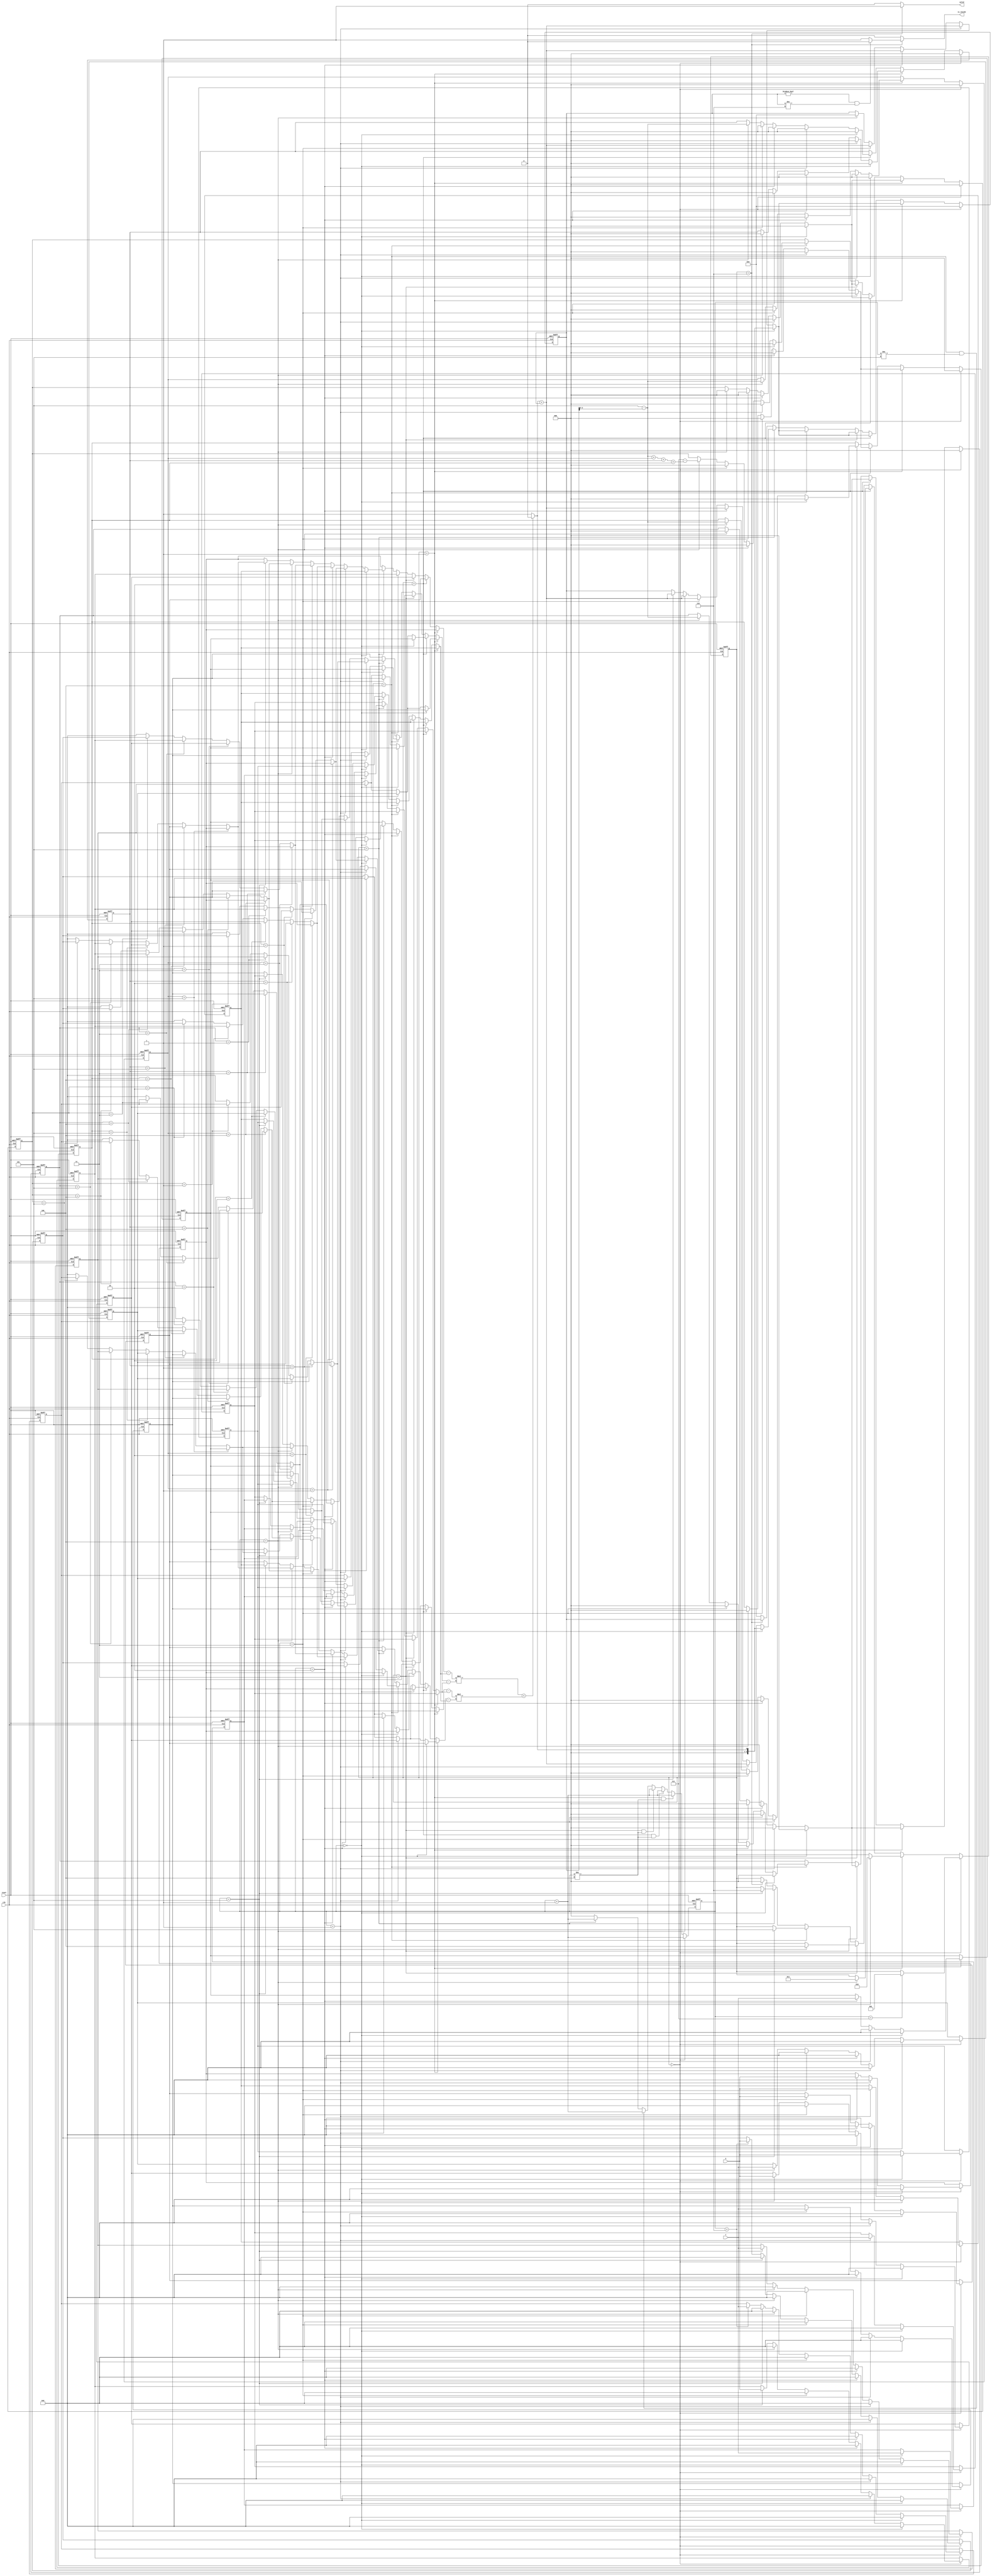
module geofence ( clk,reset,X,Y,valid,is_inside);	//This code is written by ting
	input clk;	//posedge clk
	input reset;	//active high asynchronous
	input [9:0] X;
	input [9:0] Y;
	output reg valid;	//yes for high
	output reg is_inside;	//yes for high

	reg [9:0] X_temp [0:6] ;
	reg [9:0] Y_temp [0:6] ;
	reg [2:0] order [0:4] ;
	reg [3:0] p_or_n_temp ;
	reg [9:0] A1x, A1y, A2x, A2y, B1x, B1y, B2x, B2y ;
	reg [2:0] state ;
	reg [2:0] next_state ;
	reg	[2:0] counter ;

	wire p_or_n ;
    
///////////////////////////////////////////////////////////////////////////////////////////////////////////////////
//                                            cross circuit                                                      //
///////////////////////////////////////////////////////////////////////////////////////////////////////////////////

    wire signed [20:0] AX, AY, BX, BY ;
    
    assign AX = A2x - A1x ;
    assign AY = A2y - A1y ;
    assign BX = B2x - B1x ;
    assign BY = B2y - B1y ;
	assign p_or_n = (AX * BY) < (AY * BX) ? 0 : 1 ;
 
///////////////////////////////////////////////////////////////////////////////////////////////////////////////////
//                                              order point                                                      //
///////////////////////////////////////////////////////////////////////////////////////////////////////////////////
 
	wire [9:0] X_reg1 ;
	wire [9:0] X_reg2 ;
    wire [9:0] X_reg3 ;
    wire [9:0] X_reg4 ;
    wire [9:0] X_reg5 ;
    wire [9:0] Y_reg1 ;
    wire [9:0] Y_reg2 ;
    wire [9:0] Y_reg3;
    wire [9:0] Y_reg4 ;
    wire [9:0] Y_reg5 ;
    
    assign X_reg1 = (order[0] == 1)? X_temp[2] : 
                    ((order[1] == 1)? X_temp[3] :
                    ((order[2] == 1)? X_temp[4] :
                    ((order[3] == 1)? X_temp[5] :
                    ((order[4] == 1)? X_temp[6] : 'b0)))) ;
    assign Y_reg1 = (order[0] == 1)? Y_temp[2] :
					((order[1] == 1)? Y_temp[3] :
					((order[2] == 1)? Y_temp[4] :
					((order[3] == 1)? Y_temp[5] :
					((order[4] == 1)? Y_temp[6] : 'b0)))) ;
	assign X_reg2 = (order[0] == 	2)? X_temp[2] :
					((order[1] == 2)? X_temp[3] :
					((order[2] == 2)? X_temp[4] :
					((order[3] == 2)? X_temp[5] :
					((order[4] == 2)? X_temp[6] : 'b0)))) ;
	assign Y_reg2 = (order[0] == 2)? Y_temp[2] :
					((order[1] == 2)? Y_temp[3] :
					((order[2] == 2)? Y_temp[4] :
					((order[3] == 2)? Y_temp[5] :
					((order[4] == 2)? Y_temp[6] : 'b0)))) ;
	assign X_reg3 = (order[0] == 3)? X_temp[2] :
					((order[1] == 3)? X_temp[3] :
					((order[2] == 3)? X_temp[4] :
					((order[3] == 3)? X_temp[5] :
					((order[4] == 3)? X_temp[6] : 'b0)))) ;
	assign Y_reg3 = (order[0] == 3)? Y_temp[2] :
					((order[1] == 3)? Y_temp[3] :
					((order[2] == 3)? Y_temp[4] :
					((order[3] == 3)? Y_temp[5] :
					((order[4] == 3)? Y_temp[6] : 'b0)))) ;
	assign X_reg4 = (order[0] == 4)? X_temp[2] :
					((order[1] == 4)? X_temp[3] :
					((order[2] == 4)? X_temp[4] :
					((order[3] == 4)? X_temp[5] :
					((order[4] == 4)? X_temp[6] : 'b0)))) ;
	assign Y_reg4 = (order[0] == 4)? Y_temp[2] :
					((order[1] == 4)? Y_temp[3] :
					((order[2] == 4)? Y_temp[4] :
					((order[3] == 4)? Y_temp[5] :
					((order[4] == 4)? Y_temp[6] : 'b0)))) ;
	assign X_reg5 = (order[0] == 5)? X_temp[2] :
					((order[1] == 5)? X_temp[3] :
					((order[2] == 5)? X_temp[4] :
					((order[3] == 5)? X_temp[5] :
					((order[4] == 5)? X_temp[6] : 'b0)))) ;
	assign Y_reg5 = (order[0] == 5)? Y_temp[2] :
					((order[1] == 5)? Y_temp[3] :
					((order[2] == 5)? Y_temp[4] :
					((order[3] == 5)? Y_temp[5] :
					((order[4] == 5)? Y_temp[6] : 'b0)))) ;
	
///////////////////////////////////////////////////////////////////////////////////////////////////////////////////
//                                            FSM parameters                                                     //
///////////////////////////////////////////////////////////////////////////////////////////////////////////////////
	
    parameter receive_person_point 	= 0 ;
	parameter find_order1	 		= 1 ;
	parameter find_order2	 		= 2 ;
	parameter find_order3	 		= 3 ;
	parameter find_order4	 		= 4 ;
	parameter person_point	 		= 5 ;
	parameter is_inside_output		= 6 ;

///////////////////////////////////////////////////////////////////////////////////////////////////////////////////
//                                                 FSM                                                           //
///////////////////////////////////////////////////////////////////////////////////////////////////////////////////
	
    //current state
	always @ (posedge clk, posedge reset) begin
		if(reset)
			state <= receive_person_point ;
		else 
			state <= next_state ;
	end
	
	//next_state logic
	always @ (*) begin
		if(state == receive_person_point)begin 
          if(counter == 7) begin
			next_state = find_order1 ; 
			end
		  else begin
			next_state = state ;
			end
		end
		else if(state == find_order1) begin 
            if(counter == 4) begin
                next_state = find_order2 ; 
			end
            else begin
                next_state = state ;
			end
		end
		else if(state == find_order2) begin 
            if(counter == 4) begin
                next_state = find_order3 ; 
                end
            else begin
                next_state = state ;
                end
		end
		else if(state == find_order3) begin 
            if(counter == 4) begin
                next_state = find_order4 ; 
                end
            else begin
                next_state = state ;
                end
		end
		else if(state == find_order4) begin 
            if(counter == 5) begin
                next_state = person_point ; 
                end
            else begin
                next_state = state ;
                end
		end
		else if(state == person_point) begin 
            if(counter == 5) begin
                next_state = is_inside_output ; 
                end
            else begin
                next_state = state ;
                end
		end
		else if(state == is_inside_output) begin
            next_state = receive_person_point ;
		end
		else begin
            next_state = state ;
        end
	end

	//output logic
	always @ (*)begin
		if(state == is_inside_output) begin
			valid = 'd1 ;
            if ((p_or_n_temp != 0) && (p_or_n_temp != 6))
                is_inside = 'd0 ;
            else
                is_inside = 'd1 ;
		end
		else begin
			valid = 'd0 ;
			is_inside = 'd0 ;
		end
	end

///////////////////////////////////////////////////////////////////////////////////////////////////////////////////
//                                            main circuit                                                       //
///////////////////////////////////////////////////////////////////////////////////////////////////////////////////
	
    //counter
	always @ (posedge clk, posedge reset) begin
		if(reset)
			counter <= 'd0 ;
		else if(state == receive_person_point)
			counter <= counter + 'd1 ;
		else if((state == find_order1) && (counter != 4))
			counter <= counter + 'd1 ;
		else if((state == find_order2) && (counter != 4))
			counter <= counter + 'd1 ;
		else if((state == find_order3) && (counter != 4))
			counter <= counter + 'd1 ;
		else if((state == find_order4) && (counter != 5))
			counter <= counter + 'd1 ;
		else if(state == person_point)
			counter <= counter + 'd1 ;
		else
			counter <= 'd0 ;
	end
    
    //temp
    always @ (posedge clk, posedge reset) begin
		if(reset) begin
            X_temp[0] <= 'd0 ;
            X_temp[1] <= 'd0 ;
            X_temp[2] <= 'd0 ;
            X_temp[3] <= 'd0 ;
            X_temp[4] <= 'd0 ;
            X_temp[5] <= 'd0 ;
            X_temp[6] <= 'd0 ;
            Y_temp[0] <= 'd0 ;
            Y_temp[1] <= 'd0 ;
            Y_temp[2] <= 'd0 ;
            Y_temp[3] <= 'd0 ;
            Y_temp[4] <= 'd0 ;
            Y_temp[5] <= 'd0 ;
            Y_temp[6] <= 'd0 ;
        end
        else if(state == receive_person_point) begin
            if(counter == 0) begin
                X_temp[0] <= X ;
                X_temp[1] <= 'd0 ;
                X_temp[2] <= 'd0 ;
                X_temp[3] <= 'd0 ;
                X_temp[4] <= 'd0 ;
                X_temp[5] <= 'd0 ;
                X_temp[6] <= 'd0 ;
                Y_temp[0] <= Y ;
                Y_temp[1] <= 'd0 ;
                Y_temp[2] <= 'd0 ;
                Y_temp[3] <= 'd0 ;
                Y_temp[4] <= 'd0 ;
                Y_temp[5] <= 'd0 ;
                Y_temp[6] <= 'd0 ;
            end
            else if(counter == 1) begin
                X_temp[0] <= X_temp[0] ;
                X_temp[1] <= X ;
                X_temp[2] <= 'd0 ;
                X_temp[3] <= 'd0 ;
                X_temp[4] <= 'd0 ;
                X_temp[5] <= 'd0 ;
                X_temp[6] <= 'd0 ;
                Y_temp[0] <= Y_temp[0] ;
                Y_temp[1] <= Y ;
                Y_temp[2] <= 'd0 ;
                Y_temp[3] <= 'd0 ;
                Y_temp[4] <= 'd0 ;
                Y_temp[5] <= 'd0 ;
                Y_temp[6] <= 'd0 ;
            end
            else if(counter == 2) begin
                X_temp[0] <= X_temp[0] ;
                X_temp[1] <= X_temp[1] ;
                X_temp[2] <= X ;
                X_temp[3] <= 'd0 ;
                X_temp[4] <= 'd0 ;
                X_temp[5] <= 'd0 ;
                X_temp[6] <= 'd0 ;
                Y_temp[0] <= Y_temp[0] ;
                Y_temp[1] <= Y_temp[1] ;
                Y_temp[2] <= Y ;
                Y_temp[3] <= 'd0 ;
                Y_temp[4] <= 'd0 ;
                Y_temp[5] <= 'd0 ;
                Y_temp[6] <= 'd0 ;
            end
            else if(counter == 3) begin
                X_temp[0] <= X_temp[0] ;
                X_temp[1] <= X_temp[1] ;
                X_temp[2] <= X_temp[2] ;
                X_temp[3] <= X ;
                X_temp[4] <= 'd0 ;
                X_temp[5] <= 'd0 ;
                X_temp[6] <= 'd0 ;
                Y_temp[0] <= Y_temp[0] ;
                Y_temp[1] <= Y_temp[1] ;
                Y_temp[2] <= Y_temp[2] ;
                Y_temp[3] <= Y ;
                Y_temp[4] <= 'd0 ;
                Y_temp[5] <= 'd0 ;
                Y_temp[6] <= 'd0 ;
            end
            else if(counter == 4) begin
                X_temp[0] <= X_temp[0] ;
                X_temp[1] <= X_temp[1] ;
                X_temp[2] <= X_temp[2] ;
                X_temp[3] <= X_temp[3] ;
                X_temp[4] <= X ;
                X_temp[5] <= 'd0 ;
                X_temp[6] <= 'd0 ;
                Y_temp[0] <= Y_temp[0] ;
                Y_temp[1] <= Y_temp[1] ;
                Y_temp[2] <= Y_temp[2] ;
                Y_temp[3] <= Y_temp[3] ;
                Y_temp[4] <= Y ;
                Y_temp[5] <= 'd0 ;
                Y_temp[6] <= 'd0 ;
            end
            else if(counter == 5) begin
                X_temp[0] <= X_temp[0] ;
                X_temp[1] <= X_temp[1] ;
                X_temp[2] <= X_temp[2] ;
                X_temp[3] <= X_temp[3] ;
                X_temp[4] <= X_temp[4] ;
                X_temp[5] <= X ;
                X_temp[6] <= 'd0 ;
                Y_temp[0] <= Y_temp[0] ;
                Y_temp[1] <= Y_temp[1] ;
                Y_temp[2] <= Y_temp[2] ;
                Y_temp[3] <= Y_temp[3] ;
                Y_temp[4] <= Y_temp[4] ;
                Y_temp[5] <= Y ;
                Y_temp[6] <= 'd0 ;
            end
            else if(counter == 6) begin
                X_temp[0] <= X_temp[0] ;
                X_temp[1] <= X_temp[1] ;
                X_temp[2] <= X_temp[2] ;
                X_temp[3] <= X_temp[3] ;
                X_temp[4] <= X_temp[4] ;
                X_temp[5] <= X_temp[5] ;
                X_temp[6] <= X ;
                Y_temp[0] <= Y_temp[0] ;
                Y_temp[1] <= Y_temp[1] ;
                Y_temp[2] <= Y_temp[2] ;
                Y_temp[3] <= Y_temp[3] ;
                Y_temp[4] <= Y_temp[4] ;
                Y_temp[5] <= Y_temp[5] ;
                Y_temp[6] <= Y ;
            end
            else begin
                    X_temp[0] <= X_temp[0] ;
                    X_temp[1] <= X_temp[1] ;
                    X_temp[2] <= X_temp[2] ;
                    X_temp[3] <= X_temp[3] ;
                    X_temp[4] <= X_temp[4] ;
                    X_temp[5] <= X_temp[5] ;
                    X_temp[6] <= X_temp[6] ;
                    Y_temp[0] <= Y_temp[0] ;
                    Y_temp[1] <= Y_temp[1] ;
                    Y_temp[2] <= Y_temp[2] ;
                    Y_temp[3] <= Y_temp[3] ;
                    Y_temp[4] <= Y_temp[4] ;
                    Y_temp[5] <= Y_temp[5] ;
                    Y_temp[6] <= Y_temp[6] ;
            end
        end
        else begin
            X_temp[0] <= X_temp[0] ;
            X_temp[1] <= X_temp[1] ;
            X_temp[2] <= X_temp[2] ;
            X_temp[3] <= X_temp[3] ;
            X_temp[4] <= X_temp[4] ;
            X_temp[5] <= X_temp[5] ;
            X_temp[6] <= X_temp[6] ;
            Y_temp[0] <= Y_temp[0] ;
            Y_temp[1] <= Y_temp[1] ;
            Y_temp[2] <= Y_temp[2] ;
            Y_temp[3] <= Y_temp[3] ;
            Y_temp[4] <= Y_temp[4] ;
            Y_temp[5] <= Y_temp[5] ;
            Y_temp[6] <= Y_temp[6] ;
        end
    end
    
    //find order
	always @ (posedge clk, posedge reset) begin
		if(reset) begin
			p_or_n_temp <= 'd0;
			order[0] <= 'd0 ;
			order[1] <= 'd0 ;
			order[2] <= 'd0 ;
			order[3] <= 'd0 ;
			order[4] <= 'd0 ;
		end
		else begin
			if(state == receive_person_point) begin
				p_or_n_temp <= 'd0;
				order[0] <= 'd0 ;
				order[1] <= 'd0 ;
				order[2] <= 'd0 ;
				order[3] <= 'd0 ;
				order[4] <= 'd0 ;
			end
			else if(state == find_order1 ) begin
				if(counter == 0) begin
					p_or_n_temp	<= p_or_n ;
					order[0] <= 'd0 ;
					order[1] <= 'd0 ;
					order[2] <= 'd0 ;
					order[3] <= 'd0 ;
					order[4] <= 'd0 ;
				end
				else if(counter == 1) begin
					p_or_n_temp	<= p_or_n + p_or_n_temp ;
					order[0] <= 'd0 ;
					order[1] <= 'd0 ;
					order[2] <= 'd0 ;
					order[3] <= 'd0 ;
					order[4] <= 'd0 ;
				end
				else if(counter == 2) begin
					p_or_n_temp	<= p_or_n + p_or_n_temp ;
					order[0] <= 'd0 ;
					order[1] <= 'd0 ;
					order[2] <= 'd0 ;
					order[3] <= 'd0 ;
					order[4] <= 'd0 ;
				end
				else if(counter == 3) begin
					p_or_n_temp	<= p_or_n + p_or_n_temp ;
					order[0] <= 'd0 ;
					order[1] <= 'd0 ;
					order[2] <= 'd0 ;
					order[3] <= 'd0 ;
					order[4] <= 'd0 ;
				end
				else if(counter == 4) begin
					p_or_n_temp	<= 'd0 ;
					order[0] <= 'd5 - p_or_n_temp ;
					order[1] <= 'd0 ;
					order[2] <= 'd0 ;
					order[3] <= 'd0 ;
					order[4] <= 'd0 ;
				end
				else begin
					p_or_n_temp	<= p_or_n_temp ;
					order[0] <= order[0] ;
					order[1] <= order[1] ;
					order[2] <= order[2] ;
					order[3] <= order[3] ;
					order[4] <= order[4] ;
				end
			end
			else if(state == find_order2 ) begin
				if(counter == 0) begin
					p_or_n_temp	<= p_or_n ;
					order[0] <= order[0] ;
					order[1] <= 'd0 ;
					order[2] <= 'd0 ;
					order[3] <= 'd0 ;
					order[4] <= 'd0 ;
				end
				else if(counter == 1) begin
					p_or_n_temp	<= p_or_n + p_or_n_temp ;
					order[0] <= order[0] ;
					order[1] <= 'd0 ;
					order[2] <= 'd0 ;
					order[3] <= 'd0 ;
					order[4] <= 'd0 ;
				end
				else if(counter == 2) begin
					p_or_n_temp	<= p_or_n + p_or_n_temp ;
					order[0] <= order[0] ;
					order[1] <= 'd0 ;
					order[2] <= 'd0 ;
					order[3] <= 'd0 ;
					order[4] <= 'd0 ;
				end
				else if(counter == 3) begin
					p_or_n_temp	<= p_or_n + p_or_n_temp ;
					order[0] <= order[0] ;
					order[1] <= 'd0 ;
					order[2] <= 'd0 ;
					order[3] <= 'd0 ;
					order[4] <= 'd0 ;
				end
				else if(counter == 4) begin
					p_or_n_temp	<= 'd0 ;
					order[0] <= order[0] ;
					order[1] <= 'd5 - p_or_n_temp ;
					order[2] <= 'd0 ;
					order[3] <= 'd0 ;
					order[4] <= 'd0 ;
				end
				else begin
					p_or_n_temp	<= p_or_n_temp ;
					order[0] <= order[0] ;
					order[1] <= order[1] ;
					order[2] <= order[2] ;
					order[3] <= order[3] ;
					order[4] <= order[4] ;
				end
			end
			else if(state == find_order3 ) begin
				if(counter == 0) begin
					p_or_n_temp	<= p_or_n ;
					order[0] <= order[0] ;
					order[1] <= order[1] ;
					order[2] <= 'd0 ;
					order[3] <= 'd0 ;
					order[4] <= 'd0 ;
				end
				else if(counter == 1) begin
					p_or_n_temp	<= p_or_n + p_or_n_temp ;
					order[0] <= order[0] ;
					order[1] <= order[1] ;
					order[2] <= 'd0 ;
					order[3] <= 'd0 ;
					order[4] <= 'd0 ;
				end
				else if(counter == 2) begin
					p_or_n_temp	<= p_or_n + p_or_n_temp ;
					order[0] <= order[0] ;
					order[1] <= order[1] ;
					order[2] <= 'd0 ;
					order[3] <= 'd0 ;
					order[4] <= 'd0 ;
				end
				else if(counter == 3) begin
					p_or_n_temp	<= p_or_n + p_or_n_temp ;
					order[0] <= order[0] ;
					order[1] <= order[1] ;
					order[2] <= 'd0 ;
					order[3] <= 'd0 ;
					order[4] <= 'd0 ;
				end
				else if(counter == 4) begin
					p_or_n_temp	<= 'd0 ;
					order[0] <= order[0] ;
					order[1] <= order[1] ;
					order[2] <= 'd5 - p_or_n_temp ;
					order[3] <= 'd0 ;
					order[4] <= 'd0 ;
				end
				else begin
					p_or_n_temp	<= p_or_n_temp ;
					order[0] <= order[0] ;
					order[1] <= order[1] ;
					order[2] <= order[2] ;
					order[3] <= order[3] ;
					order[4] <= order[4] ;
				end
			end
			else if(state == find_order4 ) begin
				if(counter == 0) begin
					p_or_n_temp	<= p_or_n ;
					order[0] <= order[0] ;
					order[1] <= order[1] ;
					order[2] <= order[2] ;
					order[3] <= 'd0 ;
					order[4] <= 'd0 ;
				end
				else if(counter == 1) begin
					p_or_n_temp	<= p_or_n + p_or_n_temp ;
					order[0] <= order[0] ;
					order[1] <= order[1] ;
					order[2] <= order[2] ;
					order[3] <= 'd0 ;
					order[4] <= 'd0 ;
				end
				else if(counter == 2) begin
					p_or_n_temp	<= p_or_n + p_or_n_temp ;
					order[0] <= order[0] ;
					order[1] <= order[1] ;
					order[2] <= order[2] ;
					order[3] <= 'd0 ;
					order[4] <= 'd0 ;
				end
				else if(counter == 3) begin
					p_or_n_temp	<= p_or_n + p_or_n_temp ;
					order[0] <= order[0] ;
					order[1] <= order[1] ;
					order[2] <= order[2] ;
					order[3] <= 'd0 ;
					order[4] <= 'd0 ;
				end
				else if(counter == 4) begin
					p_or_n_temp	<= 'd0 ;
					order[0] <= order[0] ;
					order[1] <= order[1] ;
					order[2] <= order[2] ;
					order[3] <= 'd5 - p_or_n_temp ;
					order[4] <= 'd15 - (('d5 - p_or_n_temp) + order[0] + order[1] + order[2]) ;
                    //order[4] <= 'd15 - (('d5 - p_or_n_temp) + order[0] + order[1] + order[2]) ;
				end
				else begin
					p_or_n_temp	<= p_or_n_temp ;
					order[0] <= order[0] ;
					order[1] <= order[1] ;
					order[2] <= order[2] ;
					order[3] <= order[3] ;
					order[4] <= order[4] ;
				end
			end
            else if(state == person_point) begin
                if(counter == 0) begin
                    p_or_n_temp	<= p_or_n ;
                    order[0] <= order[0] ;
                    order[1] <= order[1] ;
                    order[2] <= order[2] ;
                    order[3] <= order[3] ;
                    order[4] <= order[4] ;
                end
                else if(counter == 1) begin
                    p_or_n_temp	<= p_or_n + p_or_n_temp ;
                    order[0] <= order[0] ;
                    order[1] <= order[1] ;
                    order[2] <= order[2] ;
                    order[3] <= order[3] ;
                    order[4] <= order[4] ;
                end
                else if(counter == 2) begin
                    p_or_n_temp	<= p_or_n + p_or_n_temp ;
                    order[0] <= order[0] ;
                    order[1] <= order[1] ;
                    order[2] <= order[2] ;
                    order[3] <= order[3] ;
                    order[4] <= order[4] ;
                end
                else if(counter == 3) begin
                    p_or_n_temp	<= p_or_n + p_or_n_temp ;
                    order[0] <= order[0] ;
                    order[1] <= order[1] ;
                    order[2] <= order[2] ;
                    order[3] <= order[3] ;
                    order[4] <= order[4] ;
                end
                else if(counter == 4) begin
                    p_or_n_temp	<= p_or_n + p_or_n_temp ;
                    order[0] <= order[0] ;
                    order[1] <= order[1] ;
                    order[2] <= order[2] ;
                    order[3] <= order[3] ;
                    order[4] <= order[4] ;
                end
                else if(counter == 5) begin
                    p_or_n_temp	<= p_or_n + p_or_n_temp ;
                    order[0] <= order[0] ;
                    order[1] <= order[1] ;
                    order[2] <= order[2] ;
                    order[3] <= order[3] ;
                    order[4] <= order[4] ;
                end
                else begin
                    p_or_n_temp	<= p_or_n_temp ;
                    order[0] <= order[0] ;
                    order[1] <= order[1] ;
                    order[2] <= order[2] ;
                    order[3] <= order[3] ;
                    order[4] <= order[4] ;
                end
            end
			else if(state == is_inside_output) begin
						p_or_n_temp	<= p_or_n_temp ;
						order[0] <= order[0] ;
						order[1] <= order[1] ;
						order[2] <= order[2] ;
						order[3] <= order[3] ;
						order[4] <= order[4] ;
					end
            else begin
				p_or_n_temp <= 'd0;
				order[0] <= order[0] ;
				order[1] <= order[1] ;
				order[2] <= order[2] ;
				order[3] <= order[3] ;
				order[4] <= order[4] ;
			end
		end
	end
	
	//cross
	always @ (*) begin
		if(state == find_order1) begin
			if(counter == 0) begin
				A1x 			= X_temp[1] ;
				A1y 			= Y_temp[1] ;
				A2x 			= X_temp[2] ;
				A2y 			= Y_temp[2] ;
				B1x 			= X_temp[1] ;
				B1y 			= Y_temp[1] ;
				B2x 			= X_temp[3] ;
				B2y 			= Y_temp[3] ;
			end
			else if(counter == 1) begin
				A1x 			= X_temp[1] ;
				A1y 			= Y_temp[1] ;
				A2x 			= X_temp[2] ;
				A2y 			= Y_temp[2] ;
				B1x 			= X_temp[1] ;
				B1y 			= Y_temp[1] ;
				B2x 			= X_temp[4] ;
				B2y 			= Y_temp[4] ;
			end
			else if(counter == 2) begin
				A1x 			= X_temp[1] ;
				A1y 			= Y_temp[1] ;
				A2x 			= X_temp[2] ;
				A2y 			= Y_temp[2] ;
				B1x 			= X_temp[1] ;
				B1y 			= Y_temp[1] ;
				B2x 			= X_temp[5] ;
				B2y 			= Y_temp[5] ;
			end
			else if(counter == 3) begin
				A1x 			= X_temp[1] ;
				A1y 			= Y_temp[1] ;
				A2x 			= X_temp[2] ;
				A2y 			= Y_temp[2] ;
				B1x 			= X_temp[1] ;
				B1y 			= Y_temp[1] ;
				B2x 			= X_temp[6] ;
				B2y 			= Y_temp[6] ;
			end
			else begin
				A1x 			= X_temp[1] ;
				A1y 			= Y_temp[1] ;
				A2x 			= X_temp[2] ;
				A2y 			= Y_temp[2] ;
				B1x 			= X_temp[1] ;
				B1y 			= Y_temp[1] ;
				B2x 			= X_temp[6] ;
				B2y 			= Y_temp[6] ;
			end
		end
		else if(state == find_order2) begin
			if(counter == 0) begin
				A1x 			= X_temp[1] ;
				A1y 			= Y_temp[1] ;
				A2x 			= X_temp[3] ;
				A2y 			= Y_temp[3] ;
				B1x 			= X_temp[1] ;
				B1y 			= Y_temp[1] ;
				B2x 			= X_temp[2] ;
				B2y 			= Y_temp[2] ;
			end
			else if(counter == 1) begin
				A1x 			= X_temp[1] ;
				A1y 			= Y_temp[1] ;
				A2x 			= X_temp[3] ;
				A2y 			= Y_temp[3] ;
				B1x 			= X_temp[1] ;
				B1y 			= Y_temp[1] ;
				B2x 			= X_temp[4] ;
				B2y 			= Y_temp[4] ;
			end
			else if(counter == 2) begin
				A1x 			= X_temp[1] ;
				A1y 			= Y_temp[1] ;
				A2x 			= X_temp[3] ;
				A2y 			= Y_temp[3] ;
				B1x 			= X_temp[1] ;
				B1y 			= Y_temp[1] ;
				B2x 			= X_temp[5] ;
				B2y 			= Y_temp[5] ;
			end
			else if(counter == 3) begin
				A1x 			= X_temp[1] ;
				A1y 			= Y_temp[1] ;
				A2x 			= X_temp[3] ;
				A2y 			= Y_temp[3] ;
				B1x 			= X_temp[1] ;
				B1y 			= Y_temp[1] ;
				B2x 			= X_temp[6] ;
				B2y 			= Y_temp[6] ;
			end
			else begin
				A1x 			= X_temp[1] ;
				A1y 			= Y_temp[1] ;
				A2x 			= X_temp[3] ;
				A2y 			= Y_temp[3] ;
				B1x 			= X_temp[1] ;
				B1y 			= Y_temp[1] ;
				B2x 			= X_temp[6] ;
				B2y 			= Y_temp[6] ;
			end
		end
		else if(state == find_order3) begin
			if(counter == 0) begin
				A1x 			= X_temp[1] ;
				A1y 			= Y_temp[1] ;
				A2x 			= X_temp[4] ;
				A2y 			= Y_temp[4] ;
				B1x 			= X_temp[1] ;
				B1y 			= Y_temp[1] ;
				B2x 			= X_temp[2] ;
				B2y 			= Y_temp[2] ;
			end
			else if(counter == 1) begin
				A1x 			= X_temp[1] ;
				A1y 			= Y_temp[1] ;
				A2x 			= X_temp[4] ;
				A2y 			= Y_temp[4] ;
				B1x 			= X_temp[1] ;
				B1y 			= Y_temp[1] ;
				B2x 			= X_temp[3] ;
				B2y 			= Y_temp[3] ;
			end
			else if(counter == 2) begin
				A1x 			= X_temp[1] ;
				A1y 			= Y_temp[1] ;
				A2x 			= X_temp[4] ;
				A2y 			= Y_temp[4] ;
				B1x 			= X_temp[1] ;
				B1y 			= Y_temp[1] ;
				B2x 			= X_temp[5] ;
				B2y 			= Y_temp[5] ;
			end
			else if(counter == 3) begin
				A1x 			= X_temp[1] ;
				A1y 			= Y_temp[1] ;
				A2x 			= X_temp[4] ;
				A2y 			= Y_temp[4] ;
				B1x 			= X_temp[1] ;
				B1y 			= Y_temp[1] ;
				B2x 			= X_temp[6] ;
				B2y 			= Y_temp[6] ;
			end
			else begin
				A1x 			= X_temp[1] ;
				A1y 			= Y_temp[1] ;
				A2x 			= X_temp[4] ;
				A2y 			= Y_temp[4] ;
				B1x 			= X_temp[1] ;
				B1y 			= Y_temp[1] ;
				B2x 			= X_temp[6] ;
				B2y 			= Y_temp[6] ;
			end
		end
		else if(state == find_order4) begin
			if(counter == 0) begin
				A1x 			= X_temp[1] ;
				A1y 			= Y_temp[1] ;
				A2x 			= X_temp[5] ;
				A2y 			= Y_temp[5] ;
				B1x 			= X_temp[1] ;
				B1y 			= Y_temp[1] ;
				B2x 			= X_temp[2] ;
				B2y 			= Y_temp[2] ;
			end
			else if(counter == 1) begin
				A1x 			= X_temp[1] ;
				A1y 			= Y_temp[1] ;
				A2x 			= X_temp[5] ;
				A2y 			= Y_temp[5] ;
				B1x 			= X_temp[1] ;
				B1y 			= Y_temp[1] ;
				B2x 			= X_temp[3] ;
				B2y 			= Y_temp[3] ;
			end
			else if(counter == 2) begin
				A1x 			= X_temp[1] ;
				A1y 			= Y_temp[1] ;
				A2x 			= X_temp[5] ;
				A2y 			= Y_temp[5] ;
				B1x 			= X_temp[1] ;
				B1y 			= Y_temp[1] ;
				B2x 			= X_temp[4] ;
				B2y 			= Y_temp[4] ;
			end
			else if(counter == 3) begin
				A1x 			= X_temp[1] ;
				A1y 			= Y_temp[1] ;
				A2x 			= X_temp[5] ;
				A2y 			= Y_temp[5] ;
				B1x 			= X_temp[1] ;
				B1y 			= Y_temp[1] ;
				B2x 			= X_temp[6] ;
				B2y 			= Y_temp[6] ;
			end
			else begin
				A1x 			= X_temp[1] ;
				A1y 			= Y_temp[1] ;
				A2x 			= X_temp[5] ;
				A2y 			= Y_temp[5] ;
				B1x 			= X_temp[1] ;
				B1y 			= Y_temp[1] ;
				B2x 			= X_temp[6] ;
				B2y 			= Y_temp[6] ;
			end
		end
		else if(state == person_point) begin
			if(counter == 0) begin
				A1x 			= X_temp[0] ;
				A1y 			= Y_temp[0] ;
				A2x 			= X_temp[1] ;
				A2y 			= Y_temp[1] ;
				B1x 			= X_temp[0] ;
				B1y 			= Y_temp[0] ;
				B2x 			= X_reg1 ;
				B2y 			= Y_reg1 ;
			end
            else if(counter == 1) begin
                A1x 			= X_temp[0] ;
                A1y 			= Y_temp[0] ;
                A2x 			= X_reg1 ;
                A2y 			= Y_reg1 ;
                B1x 			= X_temp[0] ;
                B1y 			= Y_temp[0] ;
                B2x 			= X_reg2 ;
                B2y 			= Y_reg2 ;
            end
            else if(counter == 2) begin
                A1x 			= X_temp[0] ;
                A1y 			= Y_temp[0] ;
                A2x 			= X_reg2 ;
                A2y 			= Y_reg2 ;
                B1x 			= X_temp[0] ;
                B1y 			= Y_temp[0] ;
                B2x 			= X_reg3 ;
                B2y 			= Y_reg3 ;
            end
            else if(counter == 3) begin
                A1x 			= X_temp[0] ;
                A1y 			= Y_temp[0] ;
                A2x 			= X_reg3 ;
                A2y 			= Y_reg3 ;
                B1x 			= X_temp[0] ;
                B1y 			= Y_temp[0] ;
                B2x 			= X_reg4 ;
                B2y 			= Y_reg4 ;
            end
            else if(counter == 4) begin
                A1x 			= X_temp[0] ;
                A1y 			= Y_temp[0] ;
                A2x 			= X_reg4 ;
                A2y 			= Y_reg4 ;
                B1x 			= X_temp[0] ;
                B1y 			= Y_temp[0] ;
                B2x 			= X_reg5 ;
                B2y 			= Y_reg5 ;
            end
            else if(counter == 5) begin
                A1x 			= X_temp[0] ;
                A1y 			= Y_temp[0] ;
                A2x 			= X_reg5 ;
                A2y 			= Y_reg5 ;
                B1x 			= X_temp[0] ;
                B1y 			= Y_temp[0] ;
                B2x 			= X_temp[1] ;
                B2y 			= Y_temp[1] ;
            end
            else begin
                A1x 			= X_temp[1] ;
                A1y 			= Y_temp[1] ;
                A2x 			= X_temp[2] ;
                A2y 			= Y_temp[2] ;
                B1x 			= X_temp[1] ;
                B1y 			= Y_temp[1] ;
                B2x 			= X_temp[3] ;
                B2y 			= Y_temp[3] ;
            end
        end
        else begin
            A1x 			= X_temp[1] ;
            A1y 			= Y_temp[1] ;
            A2x 			= X_temp[2] ;
            A2y 			= Y_temp[2] ;
            B1x 			= X_temp[1] ;
            B1y 			= Y_temp[1] ;
            B2x 			= X_temp[3] ;
            B2y 			= Y_temp[3] ;
        end 
	end
			
			


endmodule